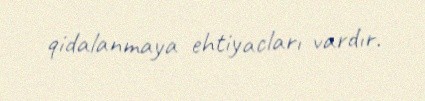
qidalanmaya ehtiyacları vardır.